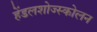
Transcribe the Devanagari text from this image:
हेंडलशोज्स्कोलन